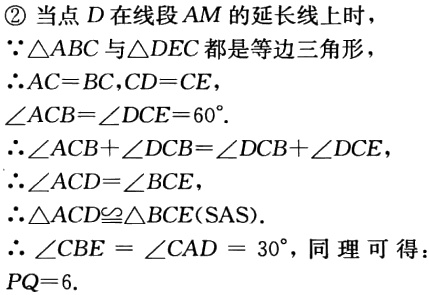
\textcircled{2} 当点 \(D\) 在线段 \(AM\) 的延长线上时，
\(\because\triangle ABC\) 与 \(\triangle DEC\) 都是等边三角形，
\(\therefore AC = BC\)，\(CD = CE\)，
\(\angle ACB=\angle DCE = 60^{\circ}\)．
\(\therefore\angle ACB+\angle DCB=\angle DCB+\angle DCE\)，
\(\therefore\angle ACD=\angle BCE\)，
\(\therefore\triangle ACD\cong\triangle BCE(\text{SAS})\)．
\(\therefore\angle CBE=\angle CAD = 30^{\circ}\)，同理可得：
\(PQ = 6\)．